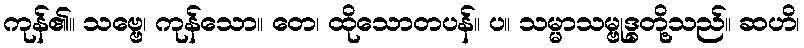
ကုန်၏။ သဗ္ဗေ၊ ကုန်သော။ တေ၊ ထိုသောတပန်။ ပ။ သမ္မာသမ္ဗုဒ္ဓတို့သည်။ ဆဟိ၊